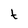
Character: t